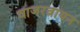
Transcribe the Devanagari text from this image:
वाजरत्नायन